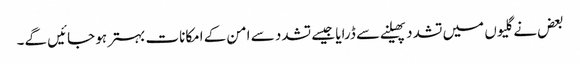
بعض نے گلیوں میں تشدد پھیلنے سے ڈرایا جیسے تشدد سے امن کے امکانات بہتر ہو جائیں گے۔